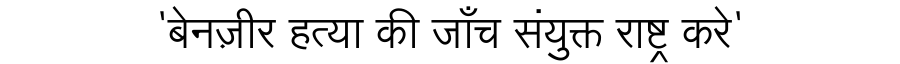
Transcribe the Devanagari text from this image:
'बेनज़ीर हत्या की जाँच संयुक्त राष्ट्र करे'